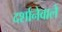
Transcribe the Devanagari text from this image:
दर्शानेवाले